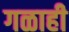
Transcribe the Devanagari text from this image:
गळाही